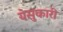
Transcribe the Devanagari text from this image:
येसुकारी